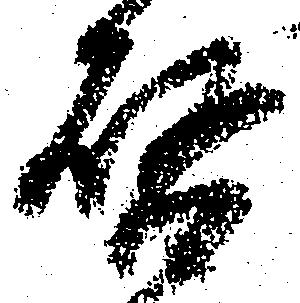
啓